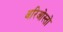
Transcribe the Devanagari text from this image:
अरिओस्तो